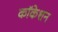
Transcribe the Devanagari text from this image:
कॉकेशन